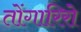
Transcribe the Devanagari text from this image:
तोंगारिरो